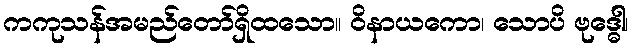
ကကုသန်အမည်တော်ရှိထသော။ ဝိနာယကော၊ သောပိ ဗုဒ္ဓေါ၊